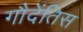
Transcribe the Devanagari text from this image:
गौदेंतिस